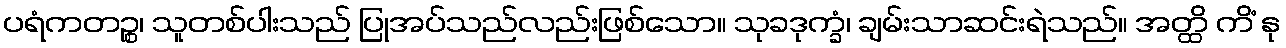
ပရံကတဉ္စ၊ သူတစ်ပါးသည် ပြုအပ်သည်လည်းဖြစ်သော။ သုခဒုက္ခံ၊ ချမ်းသာဆင်းရဲသည်။ အတ္ထိ ကိံ နု